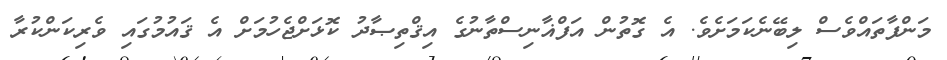
މަންފާތައްވެސް ލިބޭނެކަމަށެވެ. އެ ގޮތުން އަފްޣާނިސްތާނުގެ އިޤްތިޞާދު ކޮޅަށްޖެހުމަށް އެ ޤައުމުގައި ވެރިކަންކުރާ